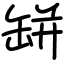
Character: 缾